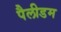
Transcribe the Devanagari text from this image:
पैलीडम